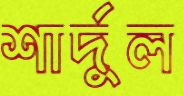
শার্দুল